Insane asylums in Bengal annual reports 1876-1887 - 1876-1887
Year: 1876
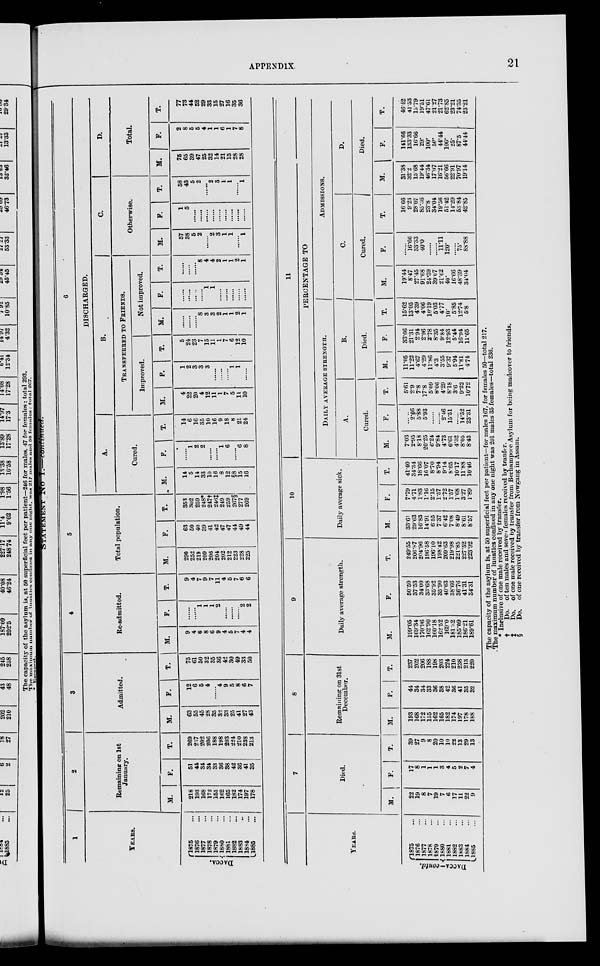
APPENDIX
21
STATEMENT
NO.
I.—continued.
1
YEARS.
DACCA.
1875 ...
1876 ...
1877 ...
1878 ...
1879 ...
1880 ...
1881 ...
1882 ...
1883 ...
1884 ...
1886 ...
2
Remaining on 1st
January.
M.
218
193
168
172
155
162
165
182
174
197
178
F.
51
44
34
34
33
36
38
42
36
41
35
T.
269
237
202
206
188
198
203
224
210
238
213
3
Admitted.
M.
63
55
45
28
35
32
33
25
41
27
43
F.
12
6
5
4
.......
4
9
5
8
6
7
T.
75
61
50
32
35
36
42
30
49
33
50
4
Re-admitted.
M.
9
4
6
8
6
9
4
5
7
4
4
F.
.......
.......
1
1
1
2
.......
.......
.......
2
2
T.
9
4
7
9
7
11
4
5
7
6
6
5
Total population.
M.
290
252
219
209
206
204
202
212
223
228
225
F.
63
50
40
39
41
42
47
47
44
49
44
T.
358
302
259
248*
247†
246‡
249
259
267§
277
269
6
DISCHARGED.
A.
Cured.
M.
14
5
14
33
10
16
8
12
§8
15
16
F.
.......
1
2
2
.......
.......
1
6
.......
6
8
T.
14
6
16
35
10
16
9
18
8
21
24
B.
TRANSFERRED
TO
FRIENDS.
Improved.
M.
4
22
20
4
12
11
1
7
5
11
10
F.
1
2
3
3
3
.......
.......
.......
1
1
.......
T.
5
24
23
7
15
11
1
7
6
12
10
Not improved.
M.
.......
.......
.......
8
3
3
2
1
1
2
1
F.
.......
.......
.......
.......
1
1
.......
.......
.......
.......
.......
T.
.......
.......
.......
8
4
4
2
1
1
2
1
C.
Otherwise.
M.
57
38
5
2
.......
2
3
1
1
.......
1
F.
1
5
.......
.......
.......
.......
.......
.......
.......
.......
.......
T.
58
43
5
2
.......
2
3
1
1
.......
1
D.
Total.
M.
75
65
39
47
25
32
14
21
15
28
28
F.
2
8
5
5
4
1
1
6
1
7
8
T.
77
73
44
52
29
33
15
27
16
35
36
YEARS.
DACCA–contd.
1875 ...
1876 ...
1877 ...
1878 ...
1879 ...
1880 ...
1881 ...
1882 ...
1883 ...
1884 ...
1885 ...
7
Died.
M.
22
19
8
7
19
7
6
17
11
22
9
F.
17
8
1
1
1
3
4
5
2
7
4
T.
39
27
9
8
20
10
10
22
13
29
13
8
Remaining on 31st
December.
M.
193
168
172
155
162
165
182
174
197
178
188
F.
44
34
34
33
36
38
42
36
41
35
32
T.
237
202
206
188
198
203
224
210
238
213
220
9
Daily average strength.
M.
199.05
169.34
170.96
162.90
160.18
162.52
169.0
181.32
185.09
186.21
189.61
F.
50.50
37.53
34.00
33.68
35.92
35.90
40.63
38.66
36.76
41.31
34.31
T.
249.55
206.87
204.96
196.58
196.10
198.42
209.63
219.98
221.85
227.62
223.92
10
Daily average sick.
M.
33.61
29.63
16.83
14.91
6.55
7.37
6.42
7.08
8.49
8.61
8.57
F.
7.79
4.71
1.83
1.16
2.15
1.57
2.72
1.57
1.68
3.27
1.89
T.
41.40
34.34
18.66
16.07
8.70
8.94
9.14
8.65
10.17
11.88
10.46
11
PERCENTAGE TO
DAILY
AVERAGE
STRENGHT.
A.
Cured.
M.
7.03
2.95
8.18
20.25
6.24
9.84
4.73
6.61
4.32
8.05
8.43
F.
.......
2.66
5.88
5.93
.......
.......
2.46
15.51
.......
14.52
23.31
T.
5.61
2.9
7.8
17.8
5.09
8.06
4.29
8.18
3.6
9.22
10.72
B.
Died.
M.
11.05
11.22
4.67
4.29
11.86
4.3
3.55
9.37
5.94
11.81
4.74
F.
33.66
21.31
2.94
2.96
2.78
8.35
9.84
12.93
5.44
16.94
11.65
T.
15.62
13.05
4.39
4.06
10.19
5.03
4.77
10.
5.85
12.74
5.8
ADMISSIONS.
C.
Cured.
M.
19.44
8.47
27.45
91.68
24.39
39.07
21.62
40.
16.66
48.39
34.04
F.
.......
16.66
33.33
40.0
.......
.......
11.11
120.
.......
75.
88.88
T.
16.66
9.23
28.07
85.36
23.8
34.04
19.56
51.42
14.29
53 84
42.85
D.
Died.
M.
31.38
32.2
15.68
19.44
46.34
17.07
16.21
56.66
22.91
70.97
19.14
F.
141.66
133.33
16.66
29.
100.
60.
44.44
100.
25.
87.5
44.44
T.
46.42
41.53
15.79
19.51
47.61
21.27
21.73
62.85
23.21
74.35
23.21
The capacity of the asylum is, at 50 superficial feet per patient—for males 167, for females 50—total 217.
The maximum number of lunatics confined in any one night was 201 males 33 females—total 236.
* Inclusive of one male received by transfer.
†
Do. of ten males and seven females received by tranfer.
‡
Do. of one male received by transfer from Berhampore Asylum for being madeover to friends.
§
Do. of one received by transfer from Nowgang in Assam.